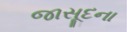
જાસૂદના